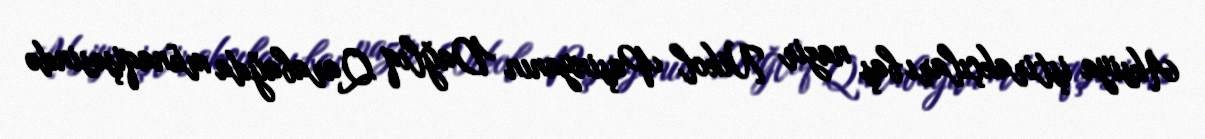
Aksiya iştirakçıları baş nazir Nikol Paşinyanın Dağlıq Qarabağda münaqişəsində